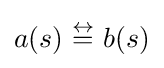
a(s)~{\overset {\leftrightarrow }{=}}~b(s)